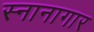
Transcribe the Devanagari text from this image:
स्‍नानागार